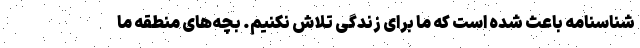
شناسنامه باعث شده است که ما برای زندگی تلاش نکنیم. بچه‌های منطقه ما